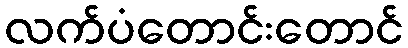
လက်ပံတောင်းတောင်